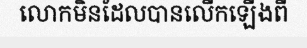
លោកមិនដែលបានលើកឡើងពី